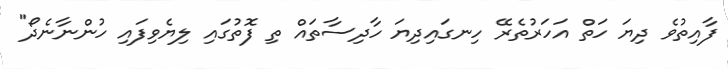
ފާއިތުވެ ދިޔަ ހަތް އަހަރުތެރޭ ހިނގައިދިޔަ ހާދިސާތައް ތި ފޮތުގައި ލިޔެވިފައި ހުންނާނެދޯ"